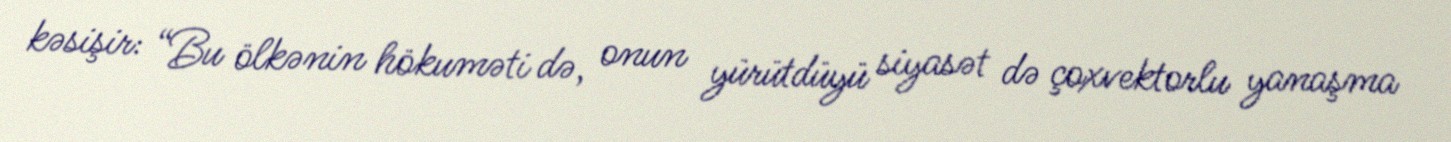
kəsişir: “Bu ölkənin hökuməti də, onun yürütdüyü siyasət də çoxvektorlu yanaşma